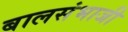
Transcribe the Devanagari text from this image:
बालसंभाजी